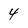
Character: 4